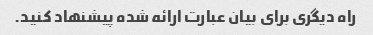
راه دیگری برای بیان عبارت ارائه شده پیشنهاد کنید.